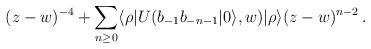
LaTeX: \begin{align*}(z-w)^{-4}+\sum_{n\geq 0}\langle\rho|U(b_{-1}b_{-n-1}|0\rangle,w)|\rho\rangle(z-w)^{n-2}\,.\end{align*}